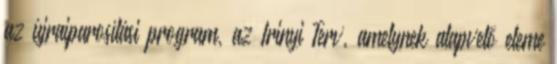
az újraiparosítási program, az Irinyi Terv, amelynek alapvető eleme